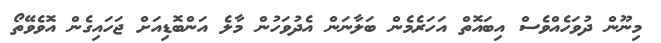
މިނޫން ދުވަހެއްވެސް އިބައޮތް އަހަރެމެން ބަލާނަން އެދުވަހުން މާލެ އަންބޮޑިއަށް ޖަހައިގެން އޮވެވޭތޯ